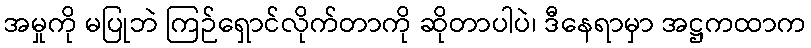
အမှုကို မပြုဘဲ ကြဉ်ရှောင်လိုက်တာကို ဆိုတာပါပဲ၊ ဒီနေရာမှာ အဋ္ဌကထာက